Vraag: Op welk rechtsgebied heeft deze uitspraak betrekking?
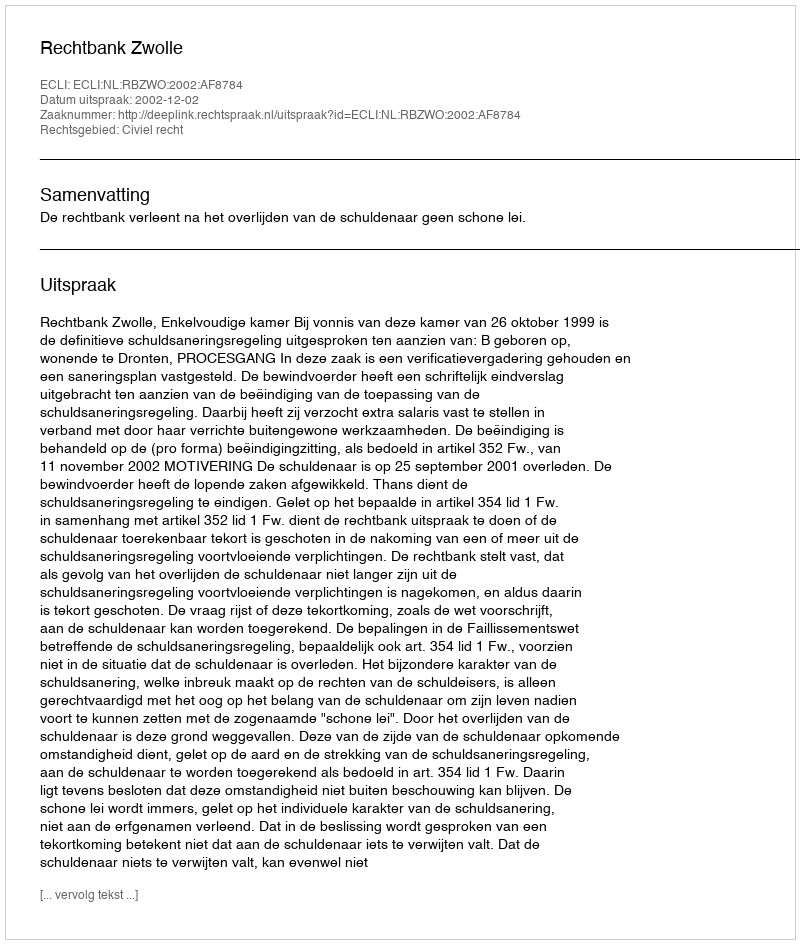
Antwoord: Civiel recht